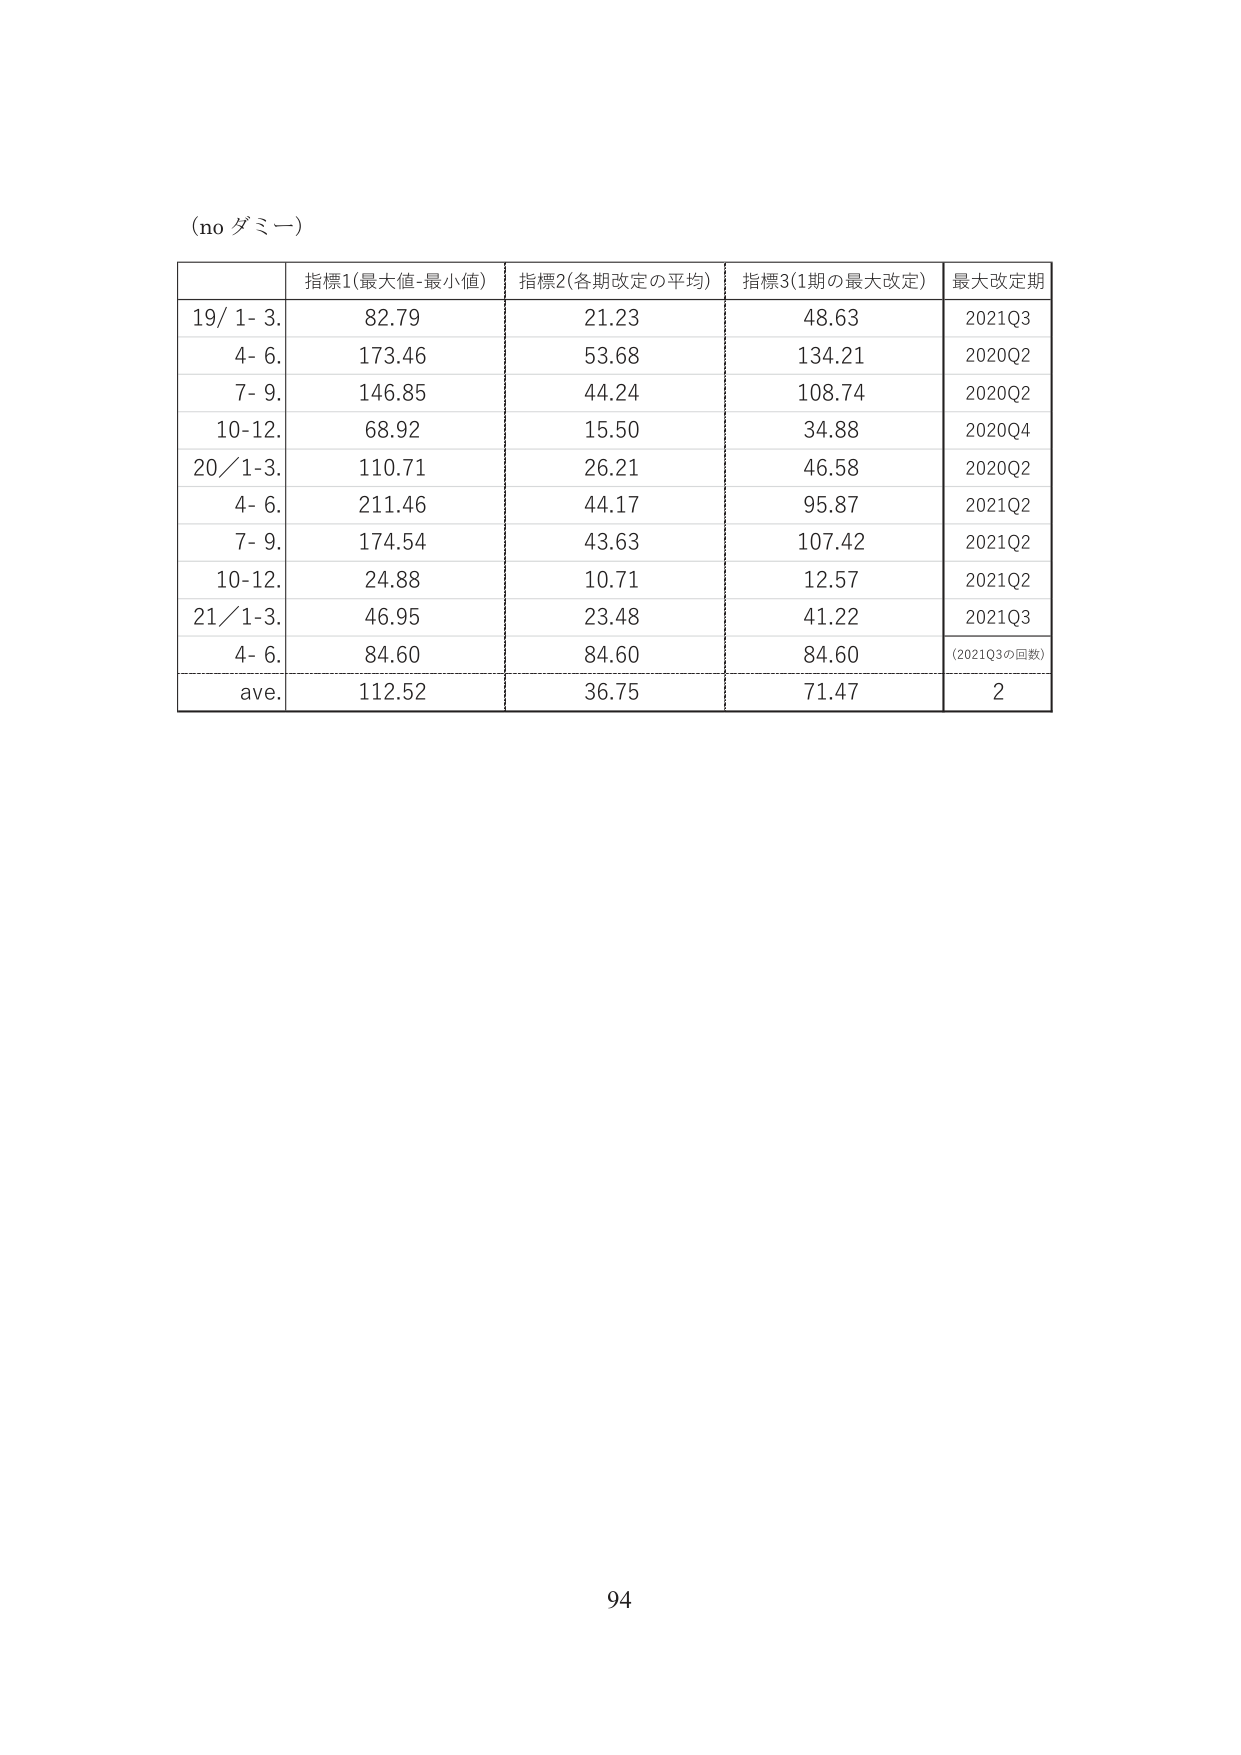
(no ダミー)

指標1(最大値-最小値) 指標2(各期改定の平均) 指標3(1期の最大改定) 最大改定期
19/ 1- 3. 82.79 21.23 48.63 2021Q3
4- 6. 173.46 53.68 134.21 2020Q2
7- 9. 146.85 44.24 108.74 2020Q2
10-12. 68.92 15.50 34.88 2020Q4
20/1-3. 110.71 26.21 46.58 2020Q2
4- 6. 211.46 44.17 95.87 2021Q2
7- 9. 174.54 43.63 107.42 2021Q2
10-12. 24.88 10.71 12.57 2021Q2
21/1-3. 46.95 23.48 41.22 2021Q3
4- 6. 84.60 84.60 84.60 (2021Q3の回数)
ave. 112.52 36.75 71.47 2

94